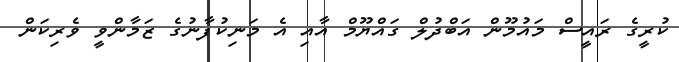
ކުރީގެ ރައީސް މައުމޫން އަބްދުލް ގައްޔޫމް އާއި އެ މަނިކުފާނުގެ ޒަމާންވީ ވެރިކަން